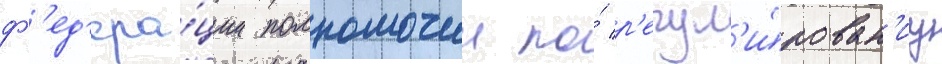
ф'ед'ера́ции полномочии по́ р'егул'и́рован'иу